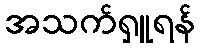
အသက်ရှူရန်